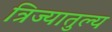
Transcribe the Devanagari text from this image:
त्रिज्यातुल्य